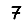
Digit: 7